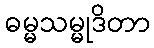
ဓမ္မသမ္မုဒိတာ